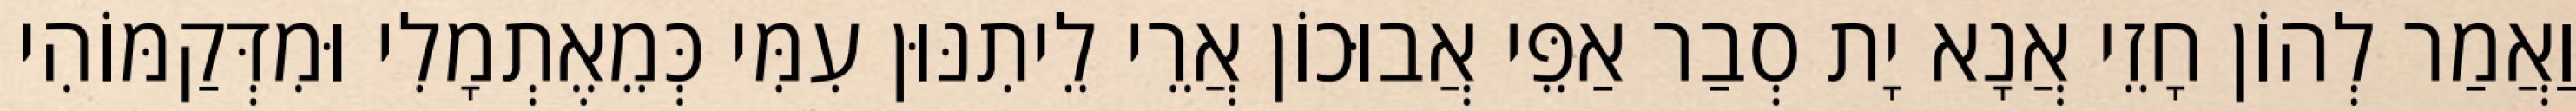
וַאֲמַר לְהוֹן חָזֵי אֲנָא יָת סְבַר אַפֵּי אֲבוּכוֹן אֲרֵי לֵיתִנּוּן עִמִּי כְּמֵאֶתְמָלִי וּמִדְּקַמּוֹהִי